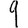
Digit: 9